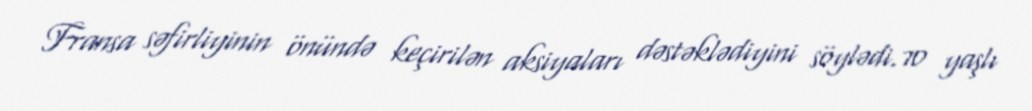
Fransa səfirliyinin önündə keçirilən aksiyaları dəstəklədiyini söylədi.70 yaşlı